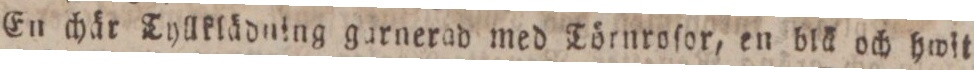
En chär Tyllklädning garnerad med Törnroſor, en blä och hwit